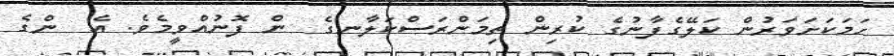
ހަމަކަށަވަރުން ކަލޭގެފާނުގެ ކުރިން ތިމަންރަސްކަލާނގެ  ން ފޮނުއްވީމެވެ. އެ  ންގެ